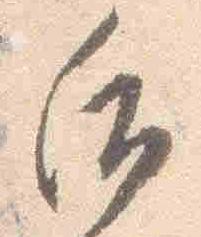
后